Report on the working of the mental hospitals for Indians in Bihar and Orissa - 1925-1929
Year: 1925
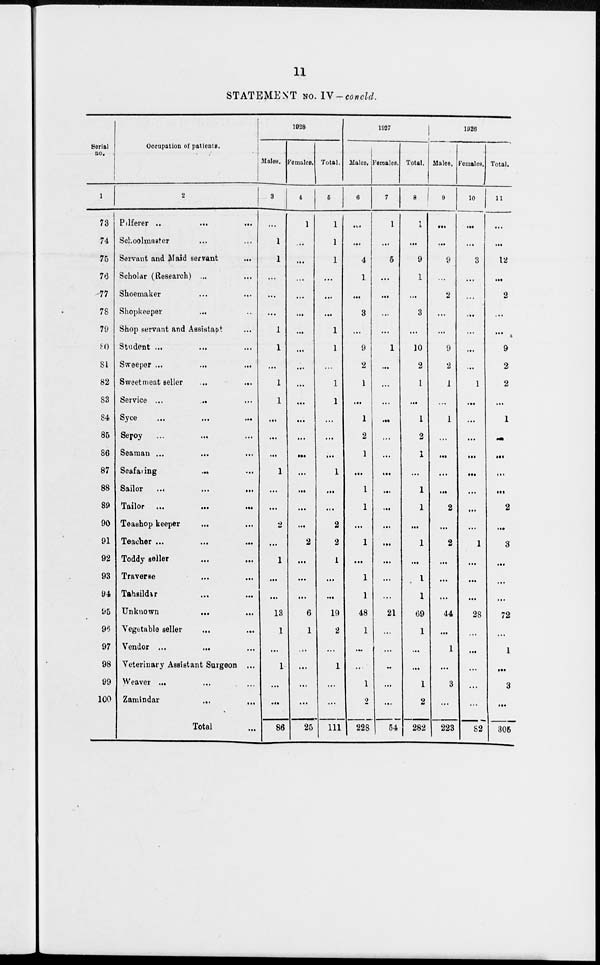
11
STATEMENT NO. IV—concld.
Serial
no.
1
73
74
75
76
77
78
79
80
81
82
83
84
85
86
87
88
89
90
91
92
93
94
95
96
97
98
99
100
Occupation of patients.
2
Pilferer ..
...
...
Schoolmaster ... ...
Servant and Maid servant ...
Scholar (Research) ... ...
Shoemaker ... ...
Shopkeeper
... ...
Shop servant and Assistant ...
Student ... ... ...
Sweeper ...
... ...
Sweetmeat seller ... ...
Service ...
... ...
Syce
...
...
...
Sepoy ... ... ...
Seaman ... ... ...
Seafaring
... ...
Sailor
... ... ...
Tailor ...
...
...
Teashop keeper ... ...
Teacher ...
...
...
Toddy seller ... ...
Traverse ... ...
Tahsildar ... ...
Unknown ... ...
Vegetable seller ... ...
Vendor ...
... ...
Veterinary Assistant Surgeon ...
Weaver ... ... ...
Zamindar
...
...
Total ...
1928
Males.
3
...
1
1
...
...
...
1
1
...
1
1
...
...
...
1
...
...
2
...
1
...
...
13
1
...
1
...
...
86
Females.
4
1
...
...
...
...
...
...
...
...
...
...
...
...
...
...
...
...
...
2
...
...
...
6
1
...
...
...
...
25
Total.
5
1
1
1
...
...
...
1
1
...
1
1
...
...
...
1
...
...
2
2
1
...
...
19
2
...
1
...
...
111
1927
Males.
6
...
...
4
1
...
3
...
9
2
1
...
1
2
1
...
1
1
...
1
...
1
1
48
1
...
...
1
2
228
Females.
7
1
...
5
...
...
...
...
1
...
...
...
...
...
...
...
...
...
...
...
...
...
...
21
...
...
...
...
...
54
Total.
8
1
...
9
1
...
3
...
10
2
1
...
1
2
1
...
1
1
...
1
...
1
1
69
1
...
...
1
2
282
1926
Males.
9
...
...
9
...
2
...
...
9
2
1
...
1
...
...
...
...
2
...
2
...
...
...
44
...
1
...
3
...
223
Females.
10
...
...
3
...
...
...
...
...
...
1
...
...
...
...
...
...
...
...
1
...
...
...
28
...
...
...
...
...
82
Total.
11
...
...
12
...
2
...
...
9
2
2
...
1
...
...
...
...
2
...
3
...
...
...
72
...
1
...
3
...
305